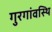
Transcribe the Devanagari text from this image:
गुरगांवस्थि